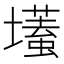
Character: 𡒹